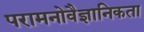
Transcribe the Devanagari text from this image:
परामनोवैज्ञानिकता